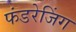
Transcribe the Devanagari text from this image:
फंडरेजिंग